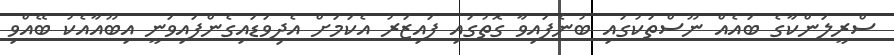
ސްރީލަންކާގެ ބައެއް ނޫސްތަކުގައި ބުނެފައިވާ ގޮތުގައި ފައިޒަރު އެކަމަށް އެދިވަޑައިގެންފައިވަނީ އިބޫއާއެކު ބޭއްވި